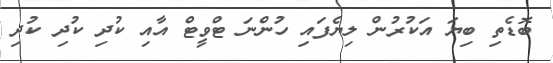
ބޮޑެތި ބިޔަ އަކުރުން ލިޔެފައި ހުންނަ ޓްވީޓް އާއި ކުދި ކުދި ކުދި